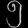
Digit: ၅